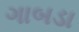
ગાબડા